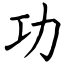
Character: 功